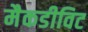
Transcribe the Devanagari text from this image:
मैकडीविट